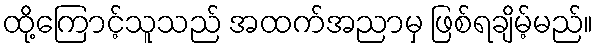
ထို့ကြောင့်သူသည် အထက်အညာမှ ဖြစ်ရချိမ့်မည်။